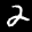
Label: 2